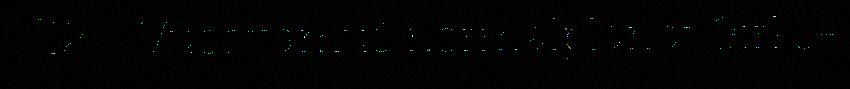
[12] . Vuosttamuš normalplánat Girko-